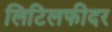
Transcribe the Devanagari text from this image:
लिटिलफीदर